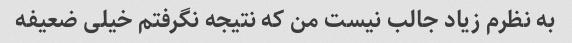
به نظرم زیاد جالب نیست من که نتیجه نگرفتم خیلی ضعیفه